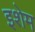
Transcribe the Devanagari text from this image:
इशेम